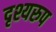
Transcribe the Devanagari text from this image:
दृश्यरुप